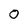
Character: 0